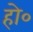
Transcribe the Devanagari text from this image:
हो०